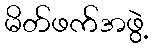
မိတ်ဖက်အဖွဲ့